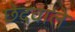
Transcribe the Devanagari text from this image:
छेदवाले